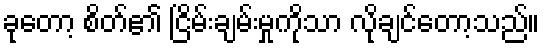
ခုတော့ စိတ်၏ ငြိမ်းချမ်းမှုကိုသာ လိုချင်တော့သည်။